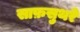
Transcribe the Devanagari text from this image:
साफ़सुथरे